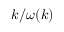
k / \omega ( k )